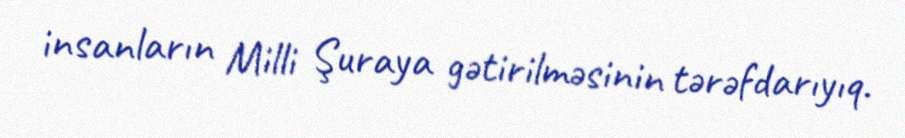
insanların Milli Şuraya gətirilməsinin tərəfdarıyıq.